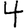
Digit: 4